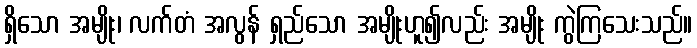
ရှိသော အမျိုး၊ လက်တံ အလွန် ရှည်သော အမျိုးဟူ၍လည်း အမျိုး ကွဲကြသေးသည်။